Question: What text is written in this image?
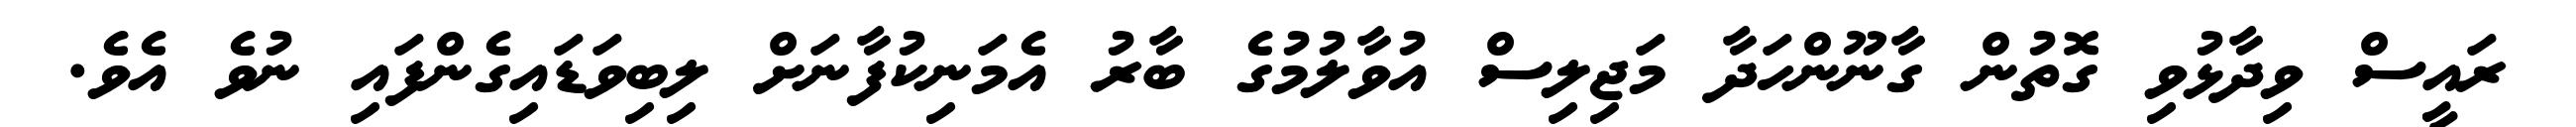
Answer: ރައީސް ވިދާޅުވި ގޮތުން ގާނޫންހަދާ މަޖިލިސް އުވާލުމުގެ ބާރު އެމަނިކުފާނަށް ލިބިވަޑައިގެންފައި ނުވެ އެވެ.